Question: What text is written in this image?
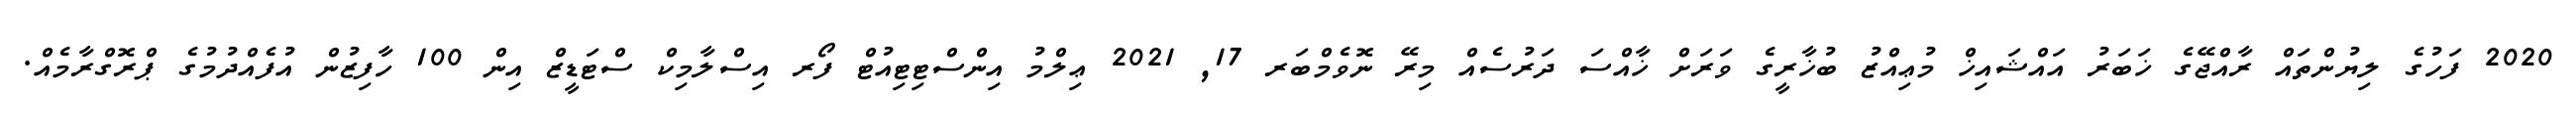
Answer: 2020 ފަހުގެ ލިޔުންތައް ރާއްޖޭގެ ޚަބަރު އައްޝައިޚް މުޢިއްޒު ބުޚާރީގެ ވަރަށް ޚާއްސަ ދަރުސެއް މިރޭ ނޮވެމްބަރ 17, 2021 ޢިލްމު އިންސްޓިޓިއުޓް ފޯރ އިސްލާމިކް ސްޓަޑީޒް އިން 100 ހާފިޒުން އުފެއްދުމުގެ ޕްރޮގްރާމެއް.